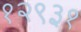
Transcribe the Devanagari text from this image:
१२९३१